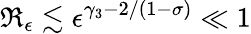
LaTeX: \mathfrak{R}_{\epsilon}\lesssim\epsilon^{\gamma_{3}-2/(1-\sigma)}\ll 1